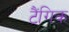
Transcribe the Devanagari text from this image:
टैंगिक